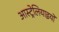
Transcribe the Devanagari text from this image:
आस्ट्रेलियाइयों